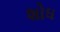
શોધ